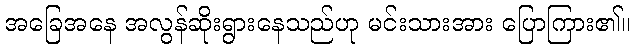
အခြေအနေ အလွန်ဆိုးရွားနေသည်ဟု မင်းသားအား ပြောကြား၏။